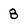
Character: 8